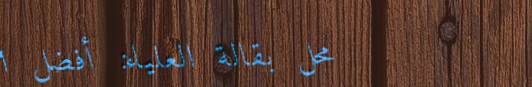
محل بقالة العلياء: أفضل ا